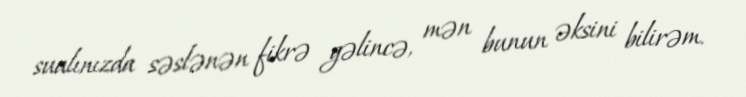
sualınızda səslənən fikrə gəlincə, mən bunun əksini bilirəm.